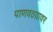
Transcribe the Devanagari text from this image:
पाणवठय़ावर